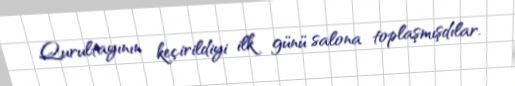
Qurultayının keçirildiyi ilk günü salona toplaşmışdılar.